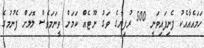
ހަމައެއާއެކު ފެނިފައިވަނީ 500 ރުފިޔާގެ ވަގު ނޫޓެއް ކަމަށް ވީނަމަވެސް ލޮލަށް ފެނުމުގެ